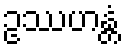
ဥဿဟန္တံ